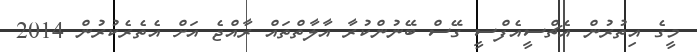
މީގެ އިތުރުން އެޗްސީއެފްސީ ގޭސް ބޭނުންކުރާ އާލާތްތައް ރާއްޖެ އަށް އެތެރެކުރުން 2014